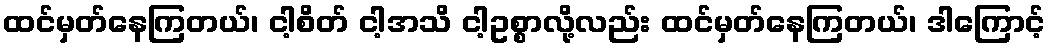
ထင်မှတ်နေကြတယ်၊ ငါ့စိတ် ငါ့အသိ ငါ့ဥစ္စာလို့လည်း ထင်မှတ်နေကြတယ်၊ ဒါကြောင့်